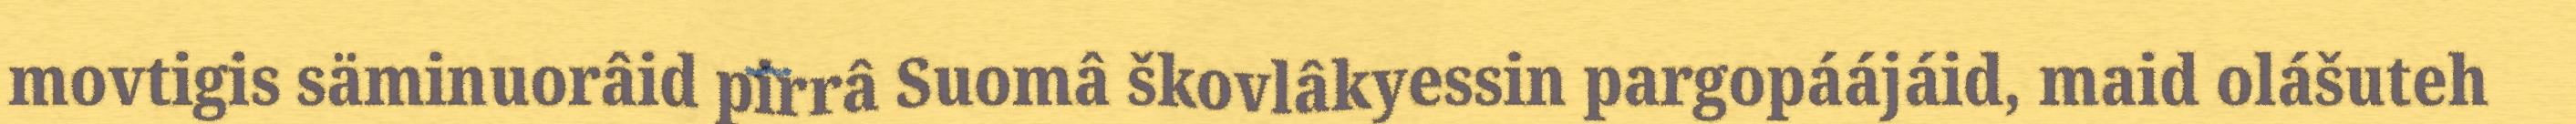
movtigis säminuorâid pirrâ Suomâ škovlâkyessin pargopáájáid, maid olášuteh